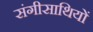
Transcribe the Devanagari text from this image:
संगीसाथियों